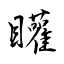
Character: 矔